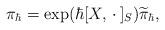
LaTeX: \begin{align*} \pi_\hbar=\exp(\hbar [X,\,\cdot\,]_S) \widetilde{\pi}_\hbar,\end{align*}